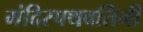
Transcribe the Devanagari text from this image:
मंदिरपथवर्तिनी